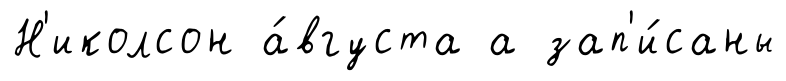
Н'иколсон а́вгуста а зап'и́саны